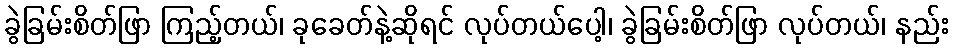
ခွဲခြမ်းစိတ်ဖြာ ကြည့်တယ်၊ ခုခေတ်နဲ့ဆိုရင် လုပ်တယ်ပေါ့၊ ခွဲခြမ်းစိတ်ဖြာ လုပ်တယ်၊ နည်း